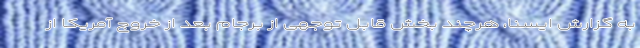
به گزارش ایسنا، هرچند بخش قابل توجهی از برجام بعد از خروج آمریکا از